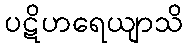
ပဋိဟရေယျာသိ